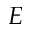
E